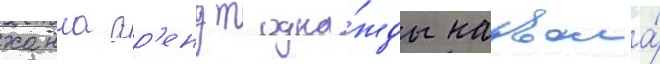
ханна ар'ендт одна́жды назвала́